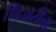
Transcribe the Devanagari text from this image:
थिअरीचा